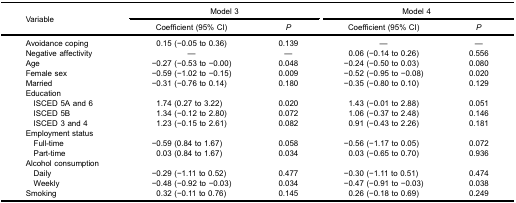
<table><thead><tr><td rowspan="3"><b>Variable</b></td><td colspan="2"><b>Model 3</b></td><td colspan="2"><b>Model 4</b></td></tr><tr><td><b>Coefficient (95% CI)</b></td><td><b><i>P</i></b></td><td><b>Coefficient (95% CI)</b></td><td><b><i>P</i></b></td></tr></thead><tbody><tr><td>Avoidance coping</td><td>0.15 (−0.05 to 0.36)</td><td>0.139</td><td>—</td><td>—</td></tr><tr><td>Negative affectivity</td><td>—</td><td>—</td><td>0.06 (−0.14 to 0.26)</td><td>0.556</td></tr><tr><td>Age</td><td>−0.27 (−0.53 to −0.00)</td><td>0.048</td><td>−0.24 (−0.50 to 0.03)</td><td>0.080</td></tr><tr><td>Female sex</td><td>−0.59 (−1.02 to −0.15)</td><td>0.009</td><td>−0.52 (−0.95 to −0.08)</td><td>0.020</td></tr><tr><td>Married</td><td>−0.31 (−0.76 to 0.14)</td><td>0.180</td><td>−0.35 (−0.80 to 0.10)</td><td>0.129</td></tr><tr><td>Education</td><td> </td><td> </td><td> </td><td> </td></tr><tr><td> ISCED 5A and 6</td><td>1.74 (0.27 to 3.22)</td><td>0.020</td><td>1.43 (−0.01 to 2.88)</td><td>0.051</td></tr><tr><td> ISCED 5B</td><td>1.34 (−0.12 to 2.80)</td><td>0.072</td><td>1.06 (−0.37 to 2.48)</td><td>0.146</td></tr><tr><td> ISCED 3 and 4</td><td>1.23 (−0.15 to 2.61)</td><td>0.082</td><td>0.91 (−0.43 to 2.26)</td><td>0.181</td></tr><tr><td>Employment status</td><td> </td><td> </td><td> </td><td> </td></tr><tr><td> Full-time</td><td>−0.59 (0.84 to 1.67)</td><td>0.058</td><td>−0.56 (−1.17 to 0.05)</td><td>0.072</td></tr><tr><td> Part-time</td><td>0.03 (0.84 to 1.67)</td><td>0.034</td><td>0.03 (−0.65 to 0.70)</td><td>0.936</td></tr><tr><td>Alcohol consumption</td><td> </td><td> </td><td> </td><td> </td></tr><tr><td> Daily</td><td>−0.29 (−1.11 to 0.52)</td><td>0.477</td><td>−0.30 (−1.11 to 0.51)</td><td>0.474</td></tr><tr><td> Weekly</td><td>−0.48 (−0.92 to −0.03)</td><td>0.034</td><td>−0.47 (−0.91 to −0.03)</td><td>0.038</td></tr><tr><td>Smoking</td><td>0.32 (−0.11 to 0.76)</td><td>0.145</td><td>0.26 (−0.18 to 0.69)</td><td>0.249</td></tr></tbody></table>